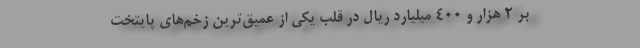
بر 2 هزار و 400 ميليارد ريال در قلب يكي از عميق‌ترين زخم‌هاي پايتخت